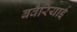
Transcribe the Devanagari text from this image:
बवैरियाई